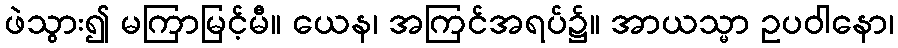
ဖဲသွား၍ မကြာမြင့်မီ။ ယေန၊ အကြင်အရပ်၌။ အာယသ္မာ ဥပဝါနော၊